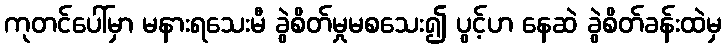
ကုတင်ပေါ်မှာ မနားရသေးမီ ခွဲစိတ်မှုမစသေး၍ ပွင့်ဟ နေဆဲ ခွဲစိတ်ခန်းထဲမှ